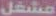
مشغل